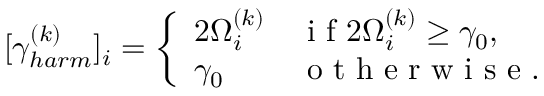
[ \gamma _ { h a r m } ^ { ( k ) } ] _ { i } = \left\{ \begin{array} { l l } { 2 \Omega _ { i } ^ { ( k ) } } & { \mathrm { ~ i ~ f ~ } 2 \Omega _ { i } ^ { ( k ) } \geq \gamma _ { 0 } , } \\ { \gamma _ { 0 } } & { \mathrm { ~ o ~ t ~ h ~ e ~ r ~ w ~ i ~ s ~ e ~ . ~ } } \end{array} \right.